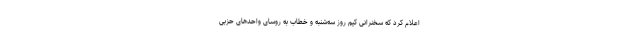
اعلام کرد که سخنرانی کیم روز سه‌شنبه و خطاب به رؤسای واحدهای حزبی